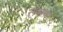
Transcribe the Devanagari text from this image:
लक्शरी